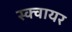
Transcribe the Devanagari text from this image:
स्‍क्‍वायर